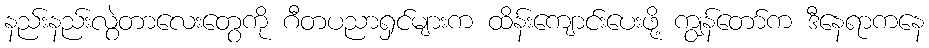
နည်းနည်းလွဲတာလေးတွေကို ဂီတပညာရှင်များက ထိန်းကျောင်းပေးဖို့ ကျွန်တော်က ဒီနေရာကနေ